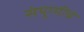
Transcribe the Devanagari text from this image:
संयुग्मीचे